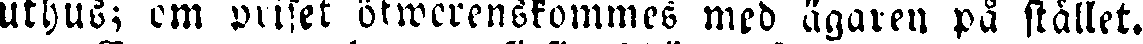
uthus; om priset öfwerenskommes med ägaren på stället.